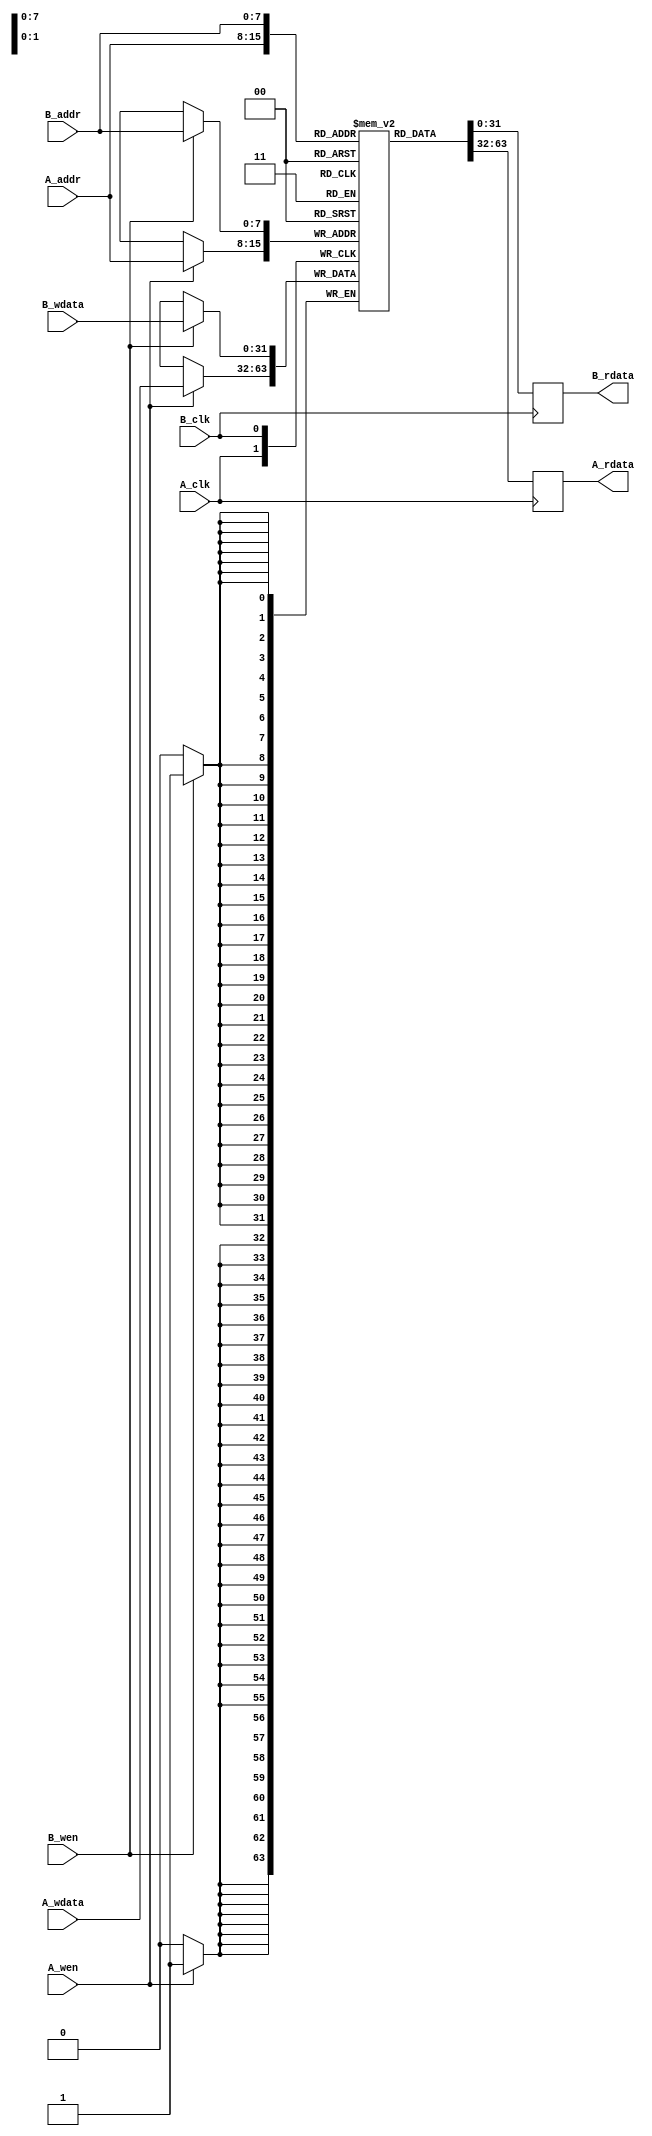
module dual_port_scratchpad_memory #(
    parameter ADDR_WIDTH = 8, // Number of address bits
    parameter DATA_WIDTH = 32 // Width of each data entry
)(
    // Port A
    input  wire [ADDR_WIDTH-1:0] A_addr,
    input  wire [DATA_WIDTH-1:0] A_wdata,
    input  wire A_wen,
    input  wire A_clk,
    output reg  [DATA_WIDTH-1:0] A_rdata,

    // Port B
    input  wire [ADDR_WIDTH-1:0] B_addr,
    input  wire [DATA_WIDTH-1:0] B_wdata,
    input  wire B_wen,
    input  wire B_clk,
    output reg  [DATA_WIDTH-1:0] B_rdata
);

    // Memory array declaration
    reg [DATA_WIDTH-1:0] memory [(2**ADDR_WIDTH)-1:0];

    // Port A operations
    always @(posedge A_clk) begin
        if (A_wen) begin
            memory[A_addr] <= A_wdata; // Write operation
        end
        A_rdata <= memory[A_addr]; // Read operation
    end

    // Port B operations
    always @(posedge B_clk) begin
        if (B_wen) begin
            memory[B_addr] <= B_wdata; // Write operation
        end
        B_rdata <= memory[B_addr]; // Read operation
    end

endmodule